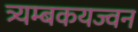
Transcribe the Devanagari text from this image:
त्र्यम्बकयज्वन